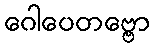
ဂေါပေတဗ္ဗော